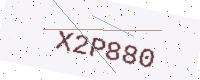
Text: X2P880